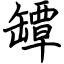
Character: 罈